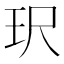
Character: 𮴈